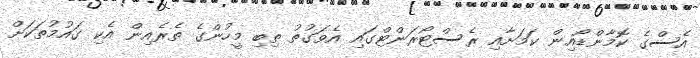
އެސްގެ ކޮމާންޑޯއިން ކަމަށާއި ރެސްޓޯރަންޓްގައި އެވަގުތު ތިބި މީހުންގެ ތެރެއިން އެކި ގައުމުތަކަށް